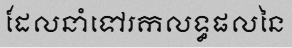
ដែលនាំទៅរកលទ្ធផលនៃ